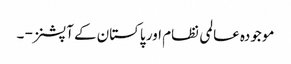
موجودہ عالمی نظام اور پاکستان کے آپشنز - ۔